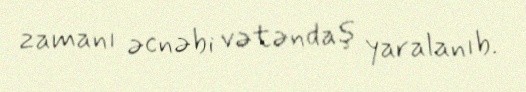
zamanı əcnəbi vətəndaş yaralanıb.